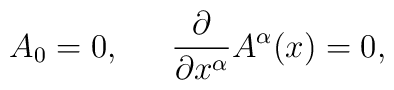
A_{0}=0,\hskip18pt{\partial\over\partial{x^\alpha}}A^{\alpha}(x)=0,